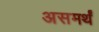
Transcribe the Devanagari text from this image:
असमर्थं